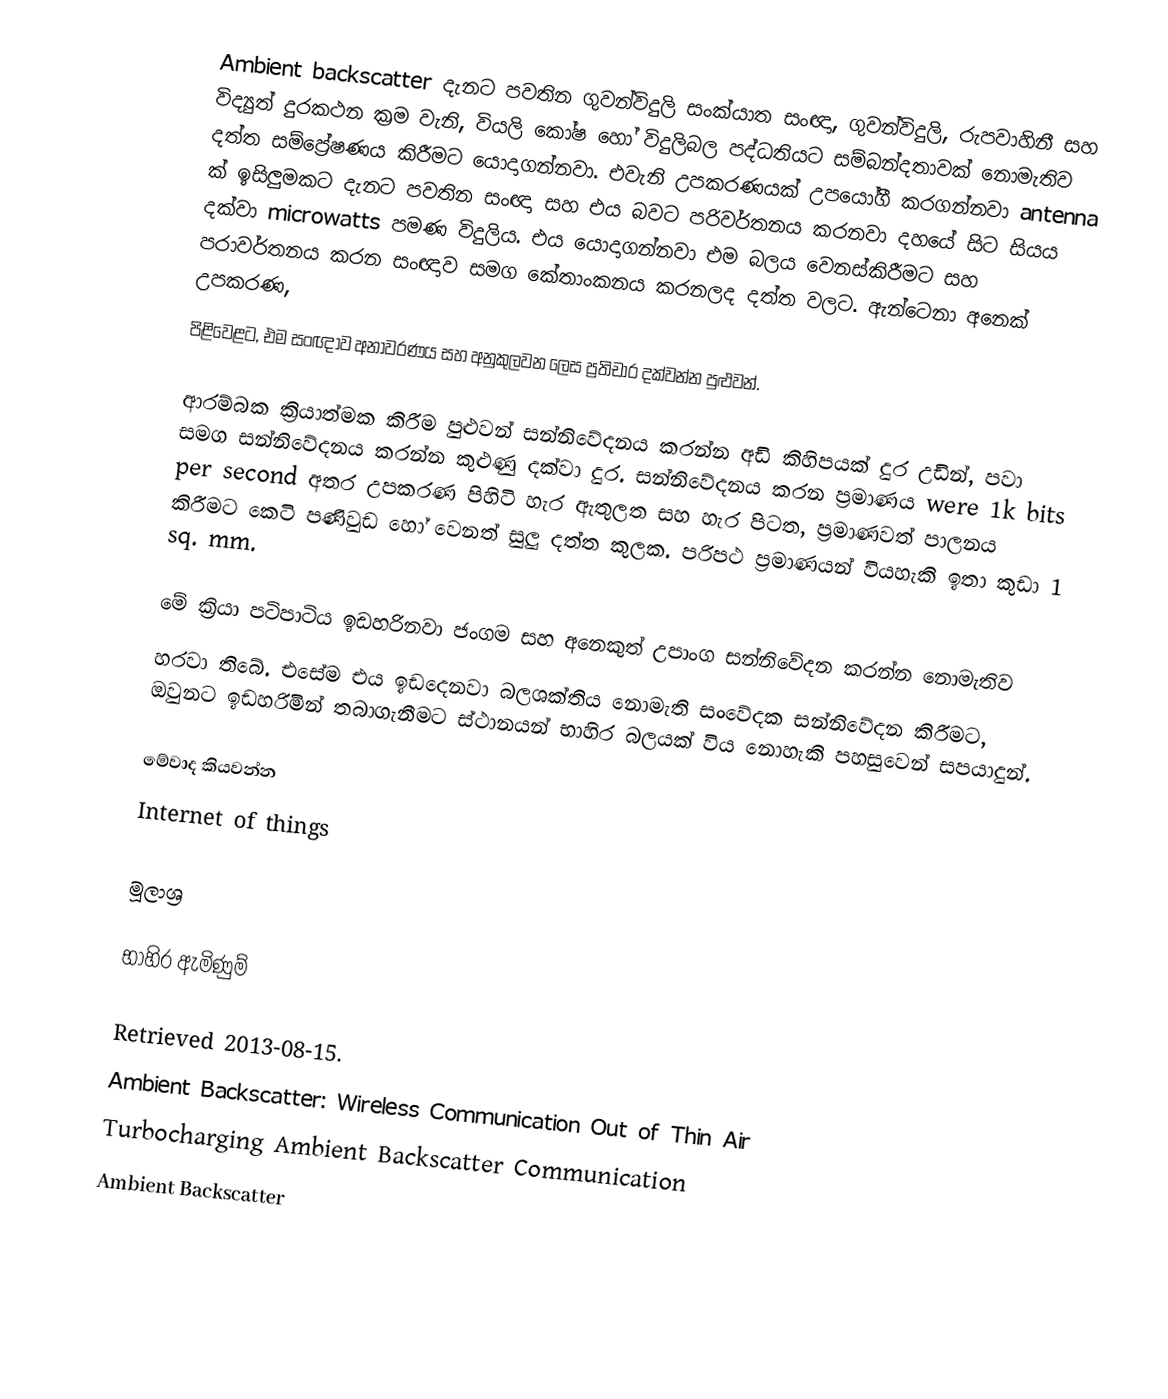
Ambient backscatter දැනට පවතින ගුවන්විදුලි සංක්යාත සංඥා, ගුවන්විදුලි, රුපවාහිනී සහ විද්‍යුත් දුරකථන ක්‍රම වැනි, වියලි කෝෂ හෝ විදුලිබල පද්ධතියට සම්බන්දතාවක් නොමැතිව දත්ත සම්ප්‍රේෂණය කිරීමට යොදාගන්නවා. එවැනි උපකරණයක් උපයෝගී කරගන්නවා antenna ක් ඉසිලුමකට දැනට පවතින සංඥා සහ එය බවට පරිවර්තනය කරනවා දහයේ සිට සියය දක්වා microwatts පමණ විදුලිය. එය යොදාගන්නවා එම බලය වෙනස්කිරීමට සහ පරාවර්තනය කරන සංඥාව සමග කේතාංකනය කරනලද දත්ත වලට. ඇන්ටෙනා අනෙක් උපකරණ,
පිළිවෙළට, එම සංඥාව අනාවරණය සහ අනුකුලවන ලෙස ප්‍රතිචාර දක්වන්න පුළුවන්.

ආරම්බක ක්‍රියාත්මක කිරීම පුළුවන් සන්නිවේදනය කරන්න අඩි කිහිපයක් දුර උඩින්, පවා සමග සන්නිවේදනය කරන්න කුළුණු දක්වා  දුර. සන්නිවේදනය කරන ප්‍රමාණය were 1k bits per second අතර උපකරණ පිහිටි  හැර ඇතුලත සහ  හැර පිටත, ප්‍රමාණවත් පාලනය කිරීමට කෙටි පණිවුඩ හෝ වෙනත් සුලු දත්ත කුලක. පරිපථ ප්‍රමාණයන් වියහැකි ඉතා කුඩා 1 sq. mm.

මේ ක්‍රියා පටිපාටිය ඉඩහරිනවා ජංගම සහ අනෙකුත් උපාංග සන්නිවේදන කරන්න නොමැතිව
හරවා තිබේ. එසේම එය ඉඩදෙනවා බලශක්තිය නොමැති සංවේදක සන්නිවේදන කිරීමට, ඔවුනට ඉඩහරිමින් තබාගැනීමට ස්ථානයන් භාහිර බලයක් විය නොහැකි පහසුවෙන් සපයාදුන්.

මේවාද කියවන්න
 Internet of things

මූලාශ්‍ර

භාහිර ඇමිණුම්

 Retrieved 2013-08-15. 
 Ambient Backscatter: Wireless Communication Out of Thin Air
 Turbocharging Ambient Backscatter Communication
 Ambient Backscatter